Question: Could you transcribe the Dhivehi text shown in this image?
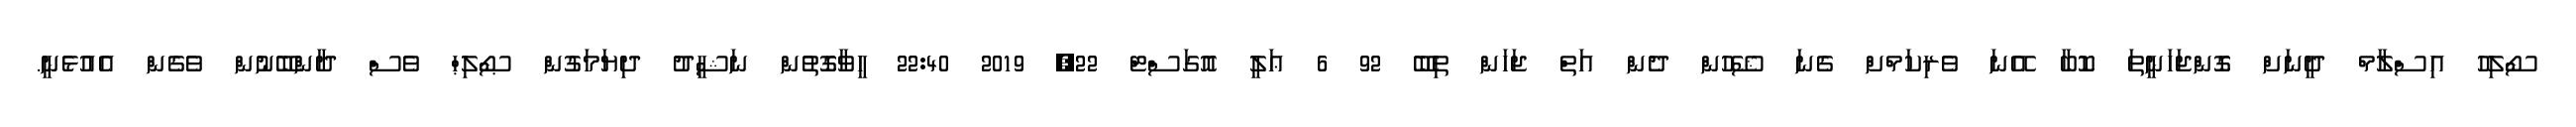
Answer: ސޯލިހު އިސްލާމް ދީނަށް ގޮންޖަހަނީތަ ކޮބާ އޭނަ ވެރިކަމްށް ގެނަ ޝޭހުން ދެން އަތް ޖަހަން ތިބޭ 92 6 ޢަލީ އޮގަސްޓް 22, 2019 22:40 ހީވާގޮތުން ނަޝީދު ދިޔަމަގުން ޞޯލިޙް ވެސް ދާންބޭނުން ވެގެން އެއުޅެނީ.